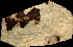
in extremitate d. pondus. Quemadmodum Mercurius eundem